NAE_ERA_R-2324_Eesti_Vabariigi_Pohiseaduslik_Assamblee, lk 2
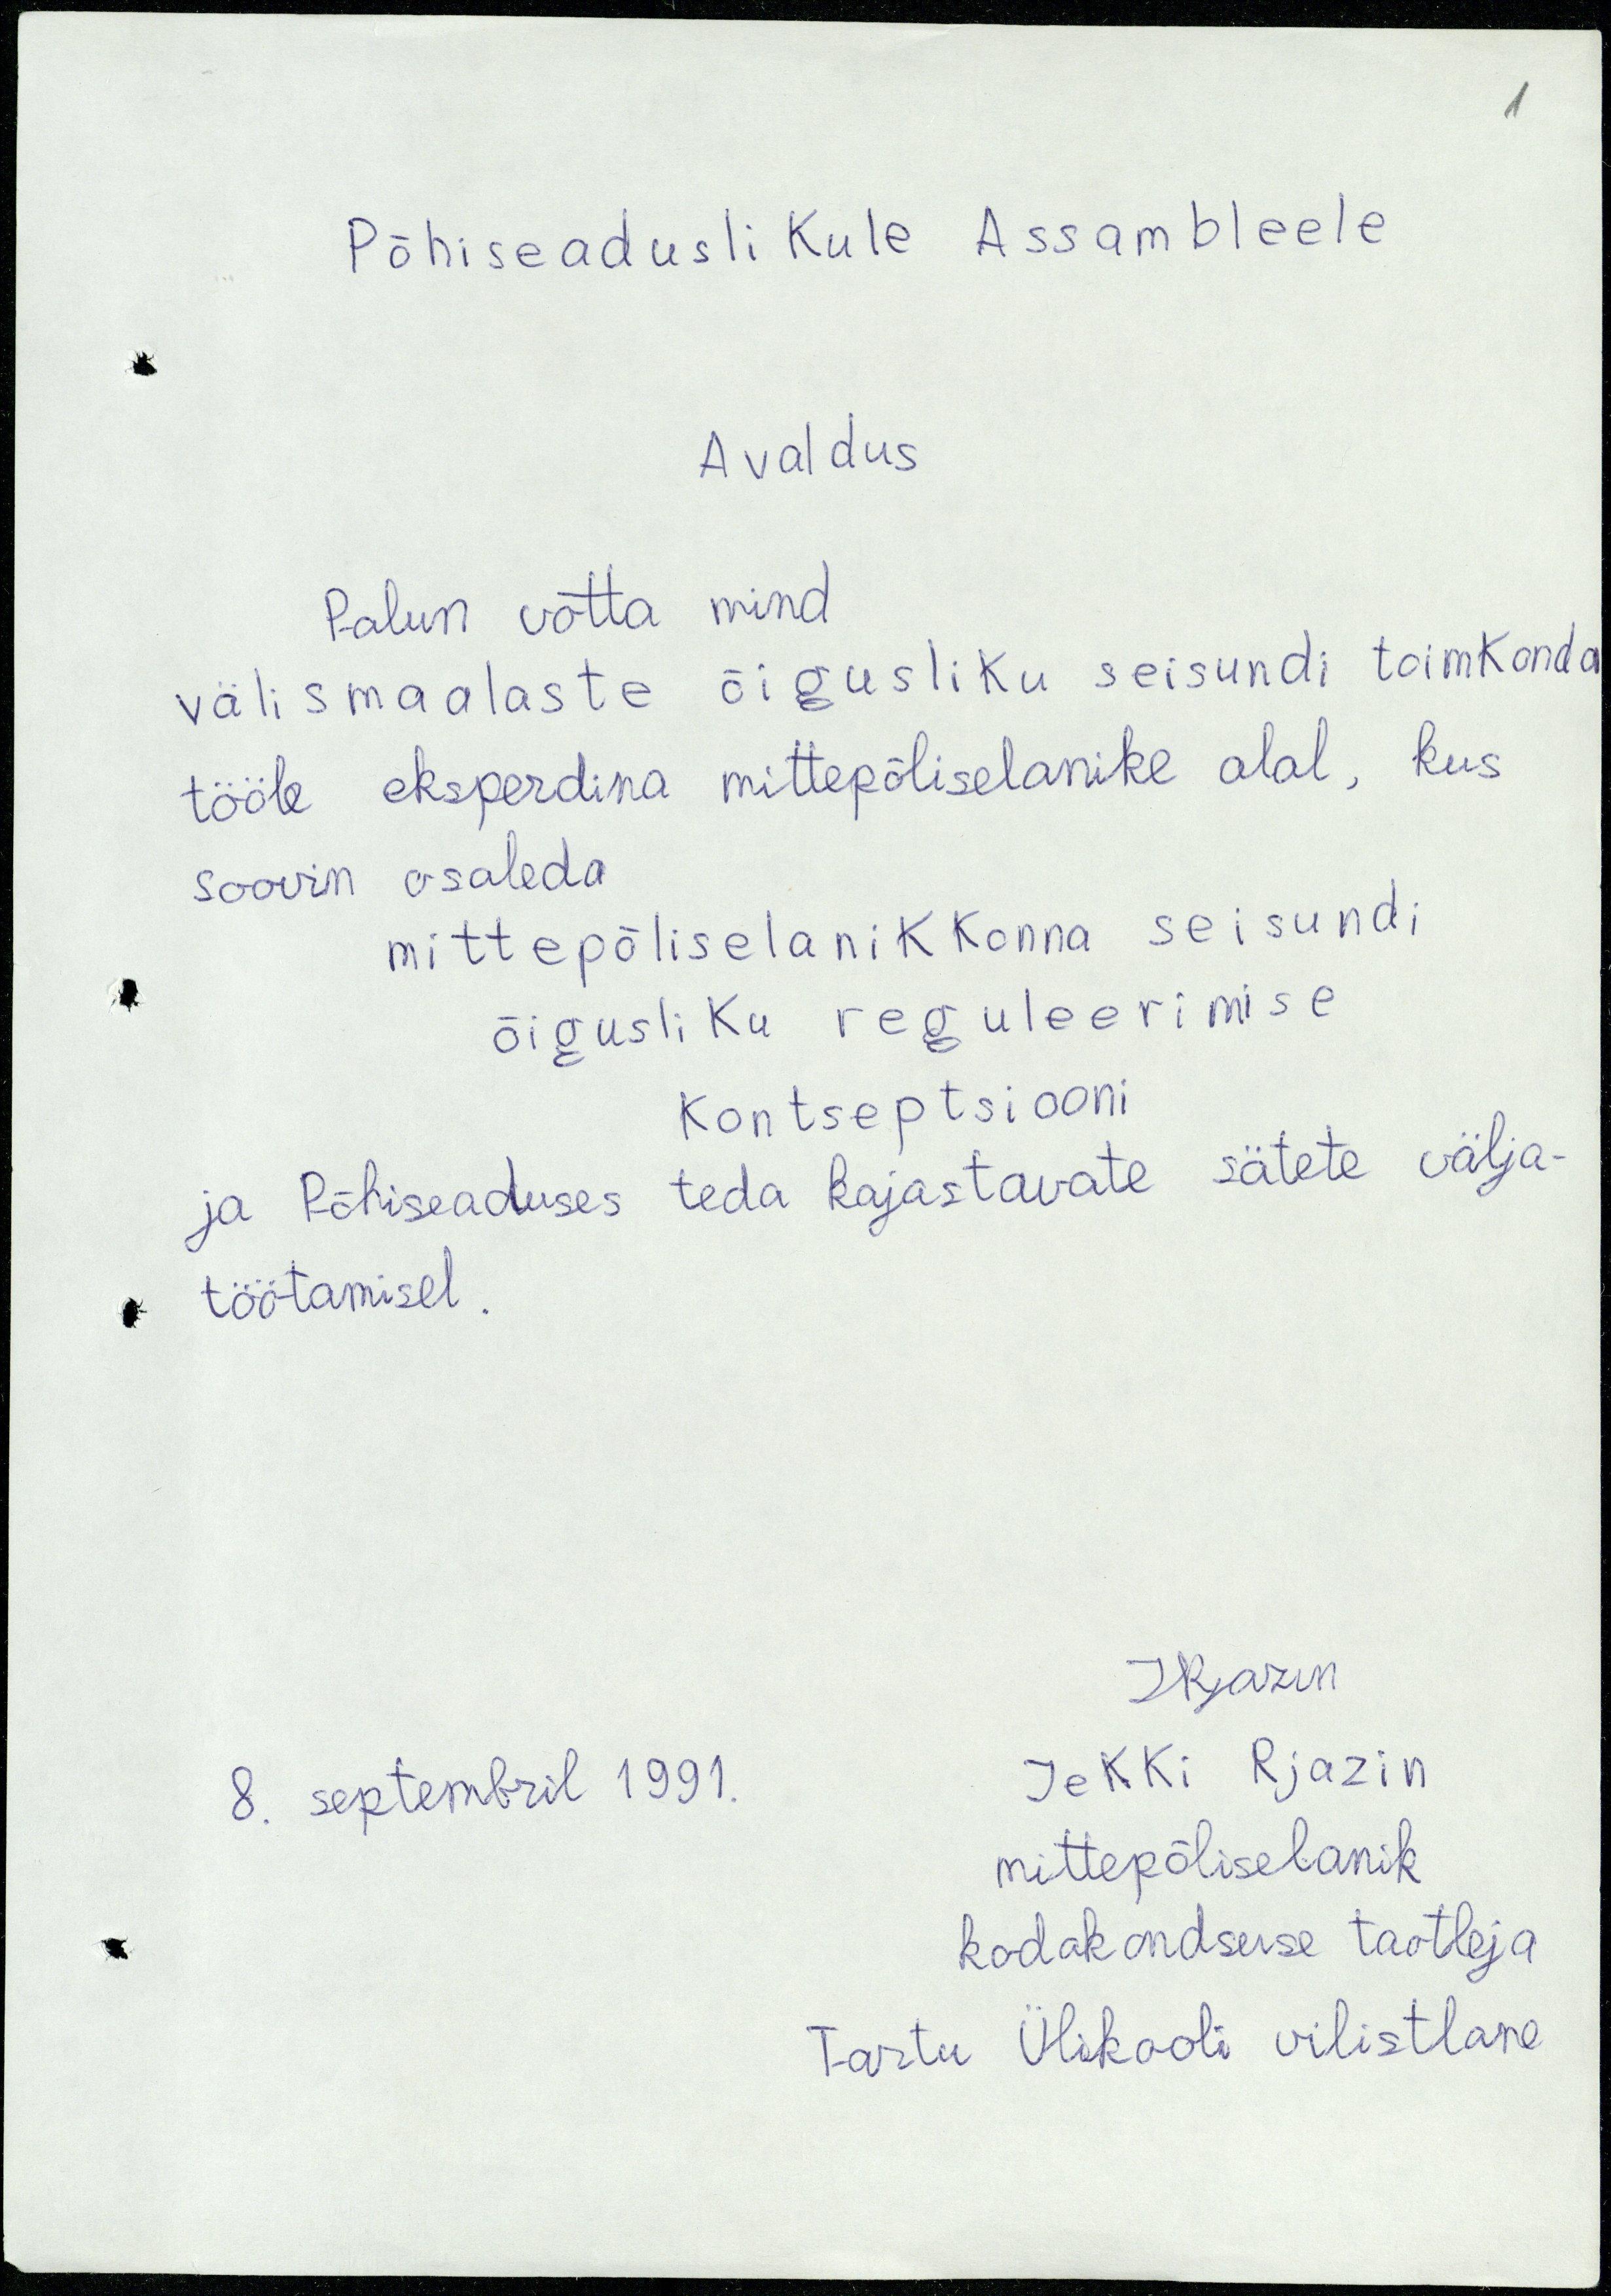
Põhiseaduslikule Assambleele
Avaldus
Palun võtta mind
välismaalaste õigusliku seisundi toimkonda
tööle eksperdina mittepõliselanike alal, kus
soovin osaleda
mittepõliselanikkonna seisundi
õigusliku reguleerimise
kontseptsiooni
ja Põhiseaduses teda kajastavate sätete välja-
töötamisel.
JRjazin
8. septembril 1991.
Jekki Rjazin
mittepõliselanik
kodakondsuse taotleja
Tartu Ülikooli vilistlane